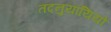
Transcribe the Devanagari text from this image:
तदनुयायियों